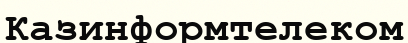
Казинформтелеком